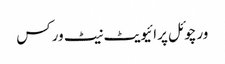
ورچوئل پرائیویٹ نیٹ ورکس